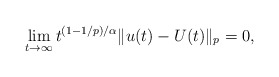
\begin{align*}\lim_{t\to\infty}t^{ (1-1/p)/\alpha}\|u(t)-U(t)\|_p= 0,\end{align*}